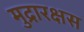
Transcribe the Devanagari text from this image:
मुद्रारक्षस